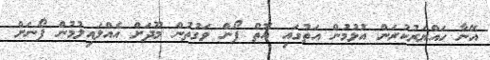
އޭނާ ހައްޔަރުކުރަން އުޅުމުން އަތުގައި އޮތް ފޯން ވަގުތުން މޫދަށް އެއްލައިލުމުން ފޯނަށް